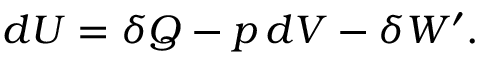
d U = \delta Q - p \, d V - \delta W ^ { \prime } .